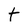
Character: t